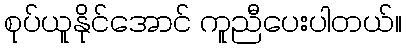
စုပ်ယူနိုင်အောင် ကူညီပေးပါတယ်။